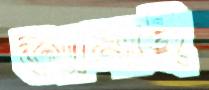
আনাই